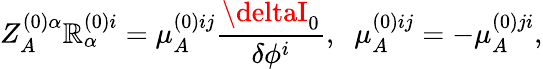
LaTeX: Z_{A}^{(0)\alpha}\mathbb{R}_{\alpha}^{(0)i}=\mu_{A}^{(0)ij}\frac{{\deltaI_{0}}}{{\delta\phi^{i}}},\; \; \mu_{A}^{(0)ij}=-\mu_{A}^{(0)ji},